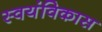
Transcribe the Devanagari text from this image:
स्वयंविकास